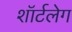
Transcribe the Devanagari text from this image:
शॉर्टलेग